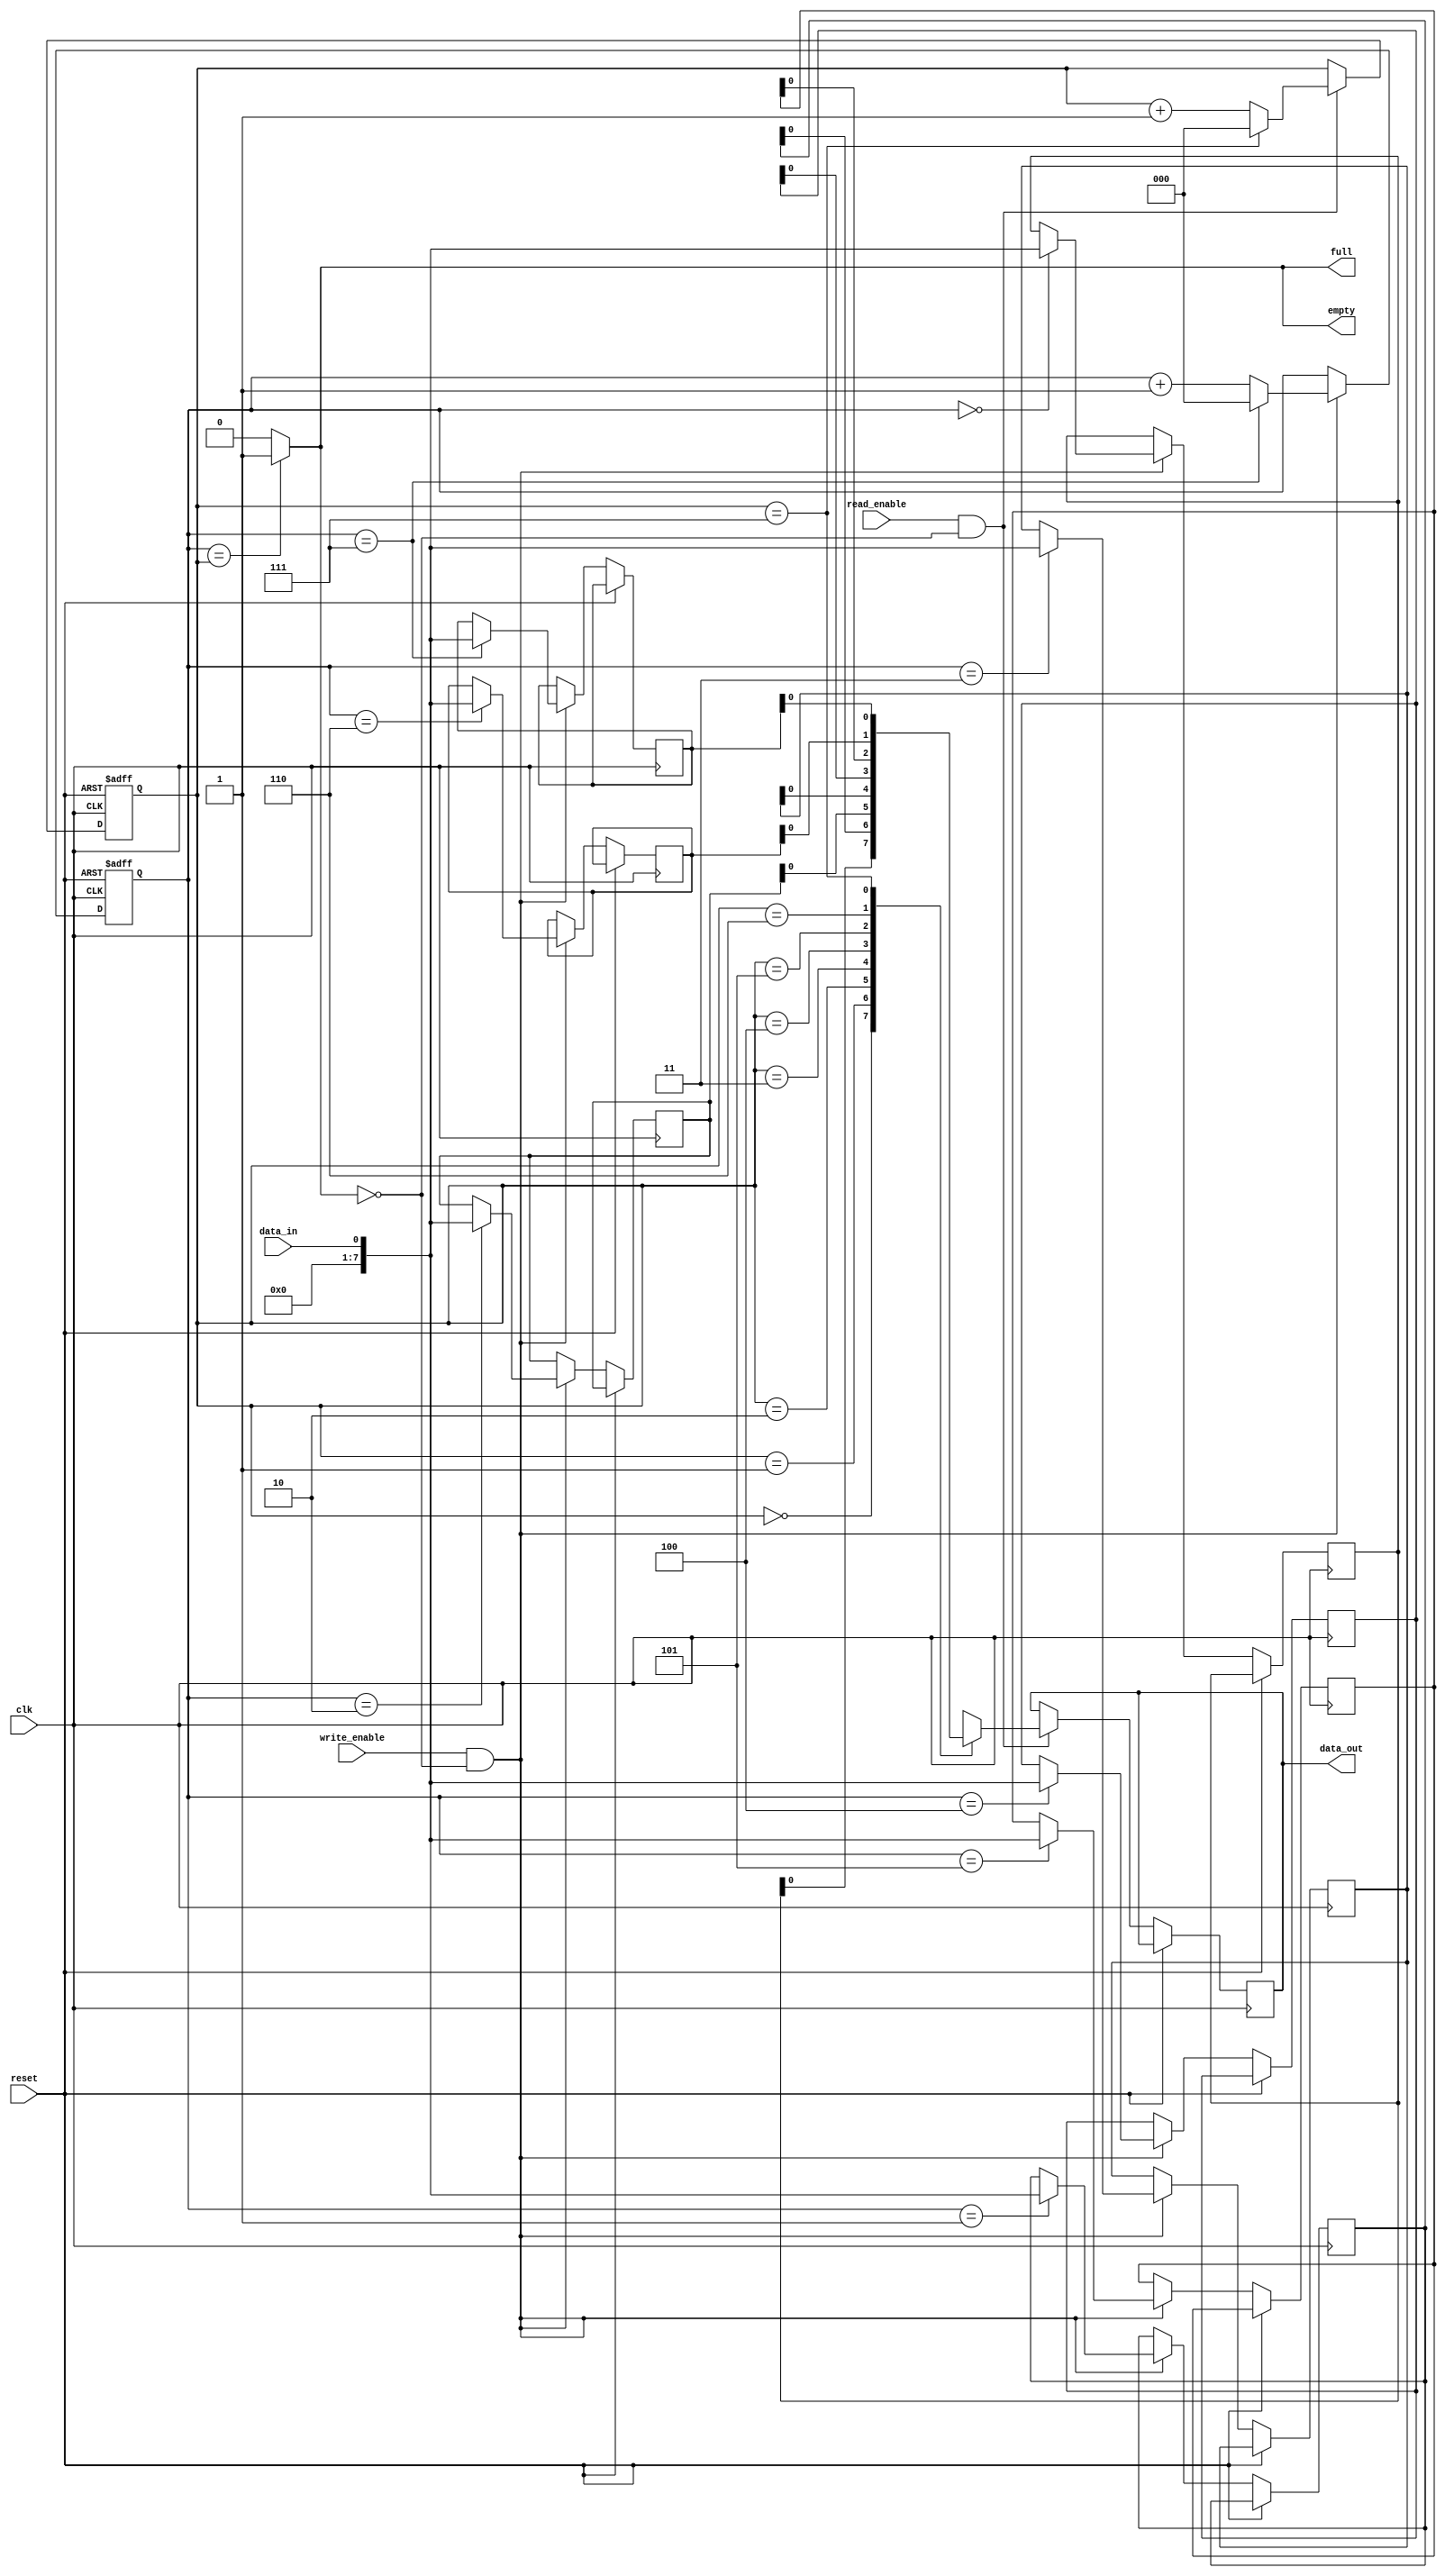
module circular_fifo (
    input wire clk,
    input wire reset,
    input wire write_enable,
    input wire read_enable,
    input wire data_in,
    output wire data_out,
    output wire full,
    output wire empty
);

parameter DEPTH = 8; // Programmable depth of FIFO
reg [7:0] fifo [0:DEPTH-1];
reg [2:0] read_ptr = 0;
reg [2:0] write_ptr = 0;

always @ (posedge clk or posedge reset) begin
    if (reset) begin
        read_ptr <= 0;
        write_ptr <= 0;
    end else begin
        if (write_enable && !full) begin
            fifo[write_ptr] <= data_in;
            write_ptr <= (write_ptr == (DEPTH-1)) ? 0 : write_ptr + 1;
        end
        
        if (read_enable && !empty) begin
            data_out <= fifo[read_ptr];
            read_ptr <= (read_ptr == (DEPTH-1)) ? 0 : read_ptr + 1;
        end
    end
end

assign full = (write_ptr == read_ptr) ? 1 : 0;
assign empty = (write_ptr == read_ptr) ? 1 : 0;

endmodule